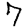
Digit: 7